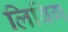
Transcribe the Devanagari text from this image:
लिबिग